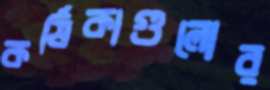
কর্ষিকাগুলোর